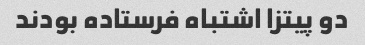
دو پیتزا اشتباه فرستاده بودند